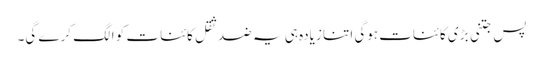
پس جتنی بڑی کائنات ہوگی اتنا زیادہ ہی یہ ضد ثقل کائنات کو الگ کرے گی۔